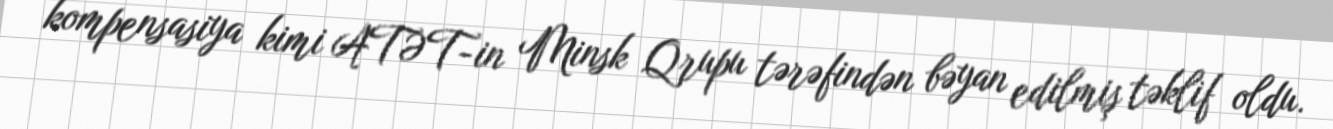
kompensasiya kimi ATƏT-in Minsk Qrupu tərəfindən bəyan edilmiş təklif oldu.